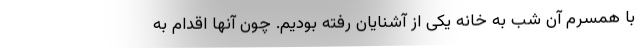
با همسرم آن شب به خانه یکی از آشنایان رفته بودیم. چون آنها اقدام به